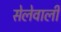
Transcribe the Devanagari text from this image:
सेलेवाली